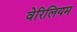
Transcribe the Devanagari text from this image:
वेरिलियम